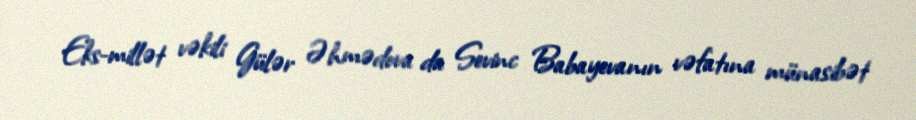
Eks-millət vəkili Gülər Əhmədova da Sevinc Babayevanın vəfatına münasibət